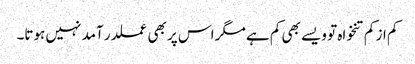
کم از کم تنخواہ تو ویسے بھی کم ہے مگر اس پر بھی عملدر آمد نہیں ہوتا۔